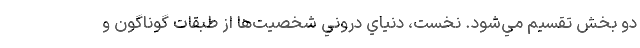
دو بخش تقسيم مي‌شود. نخست، دنياي دروني شخصيت‌ها از طبقات گوناگون و